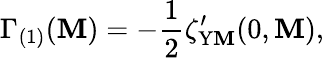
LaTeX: \Gamma_{(1)}(\mathbf{M})=-{\frac{{1}}{{2}}}\zeta_{\mathrm{{Y\mathbf{M}}}}^{\prime}(0,\mathbf{M}),